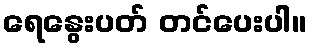
ရေနွေးပတ် တင်ပေးပါ။